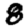
Digit: 8